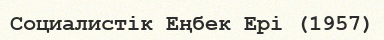
Cоциалистік Еңбек Ері (1957)